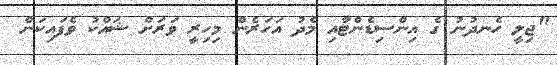
"ޖިލީ ހެނދުނު ގެ އިންސިޑެންޓާއި މެދު އަހަރެން މިހިރީ ވަރަށް ޝައްކު ވެފައިކަން